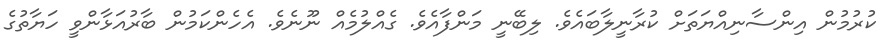
ކުރުމުން އިންސާނިއްޔަތަށް ކުރާނީލާބައެވެ. ލިބޭނީ މަންފާއެވެ. ގެއްލުމެއް ނޫނެވެ. އެހެންކަމުން ބާރުއަޅާންވީ ހަޔާތުގެ